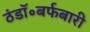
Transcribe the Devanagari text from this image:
ठंडॉ॰बर्फबारी